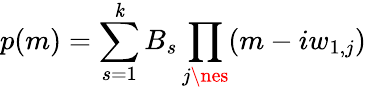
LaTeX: p(m)=\sum_{s=1}^{\mathit{k}}B_{s}\prod_{j\nes}(m-iw_{1,j})